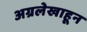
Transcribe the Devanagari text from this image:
अग्रलेखाहून